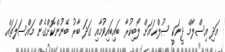
އަދި އިސްލާމް ދީނަކީ ޞުލްޙައަށް ލޯބިކުރާ ބައިބައިވުމާއި ގަދަ ބާރު ބޭނުންކޮށްގެން މައްސަލަތައް